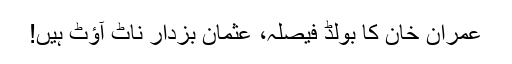
عمران خان کا بولڈ فیصلہ، عثمان بزدار ناٹ آؤٹ ہیں!